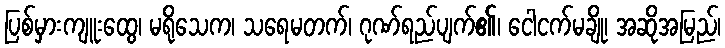
ပြစ်မှားကျူးထွေ၊ မရိုသေက၊ သရေမတက်၊ ဂုဏ်ရည်ပျက်၏၊ ငေါငက်မချို၊ အဆိုအမြည်၊